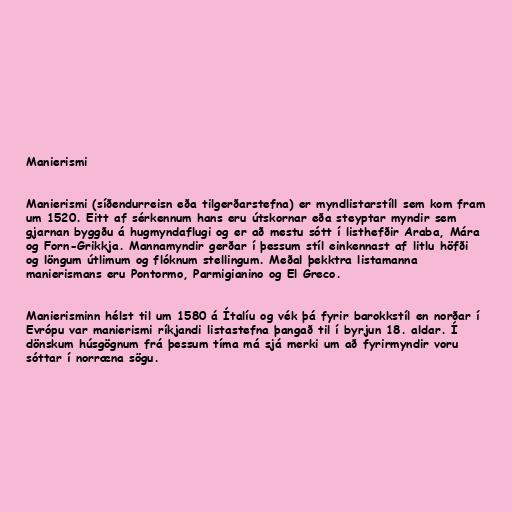
Manierismi

Manierismi (síðendurreisn eða tilgerðarstefna) er myndlistarstíll sem kom fram
um 1520. Eitt af sérkennum hans eru útskornar eða steyptar myndir sem
gjarnan byggðu á hugmyndaflugi og er að mestu sótt í listhefðir Araba, Mára
og Forn-Grikkja. Mannamyndir gerðar í þessum stíl einkennast af litlu höfði
og löngum útlimum og flóknum stellingum. Meðal þekktra listamanna
manierismans eru Pontormo, Parmigianino og El Greco.

Manierisminn hélst til um 1580 á Ítalíu og vék þá fyrir barokkstíl en norðar í
Evrópu var manierismi ríkjandi listastefna þangað til í byrjun 18. aldar. Í
dönskum húsgögnum frá þessum tíma má sjá merki um að fyrirmyndir voru
sóttar í norræna sögu.